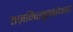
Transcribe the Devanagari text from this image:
तज़किरतुश्शोअरा